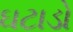
ઘટાડો